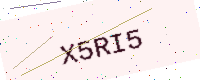
Text: X5RI5